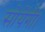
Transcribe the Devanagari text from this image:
सोयेंगीं।